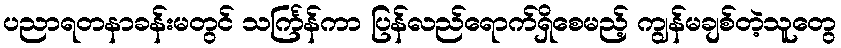
ပညာရတနာခန်းမတွင် သင်္ကြန်ကာ ပြန်လည်ရောက်ရှိစေမည့် ကျွန်မချစ်တဲ့သူတွေ